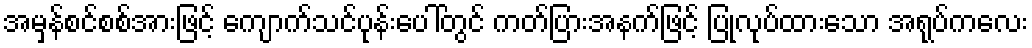
အမှန်စင်စစ်အားဖြင့် ကျောက်သင်ပုန်းပေါ်တွင် ကတ်ပြားအနက်ဖြင့် ပြုလုပ်ထားသော အရုပ်ကလေး